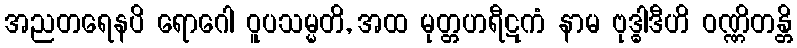
အညတရေနပိ ရောဂေါ ဝူပသမ္မတိ, အထ မုတ္တဟရီဋကံ နာမ ဗုဒ္ဓါဒီဟိ ဝဏ္ဏိတန္တိ